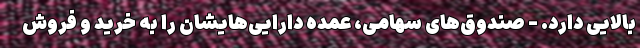
بالایی دارد. - صندوق‌های سهامی، عمده دارایی‌هایشان را به خرید و فروش